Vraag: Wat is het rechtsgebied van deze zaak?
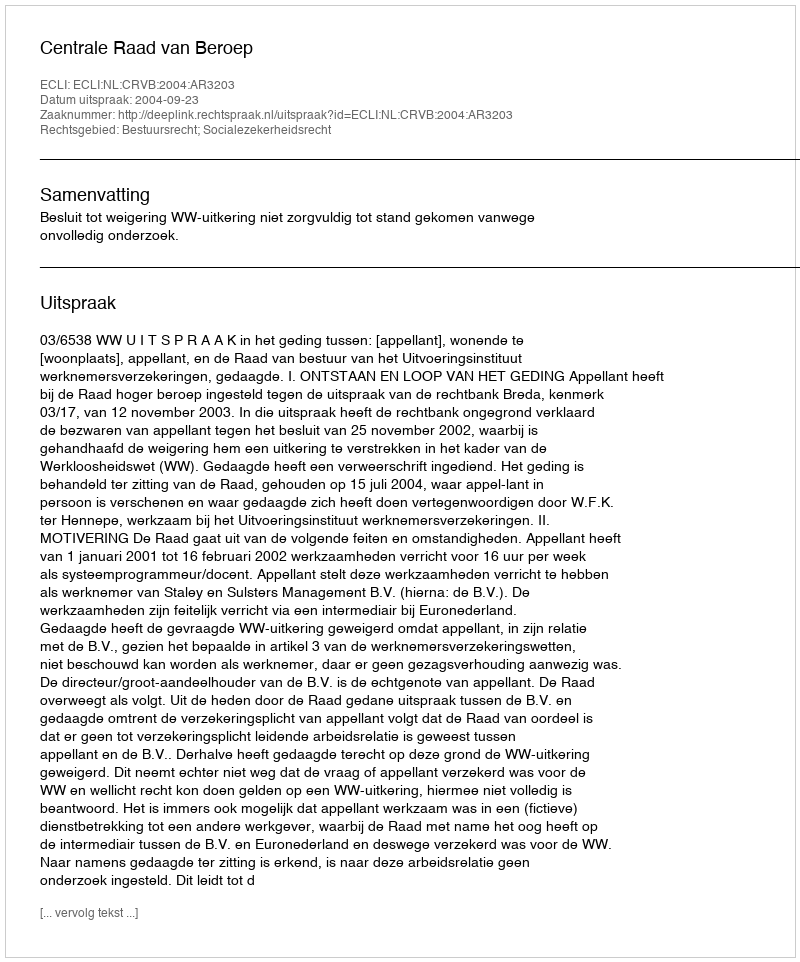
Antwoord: Bestuursrecht; Socialezekerheidsrecht